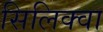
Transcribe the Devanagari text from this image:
सिलिक्वा